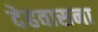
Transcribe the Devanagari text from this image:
देहवासना